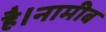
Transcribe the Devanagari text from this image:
है।नामीब